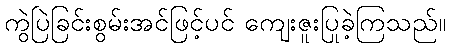
ကွဲပြဲခြင်းစွမ်းအင်ဖြင့်ပင် ကျေးဇူးပြုခဲ့ကြသည်။